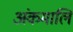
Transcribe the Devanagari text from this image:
अंकमालि